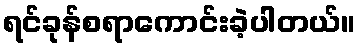
ရင်ခုန်စရာကောင်းခဲ့ပါတယ်။